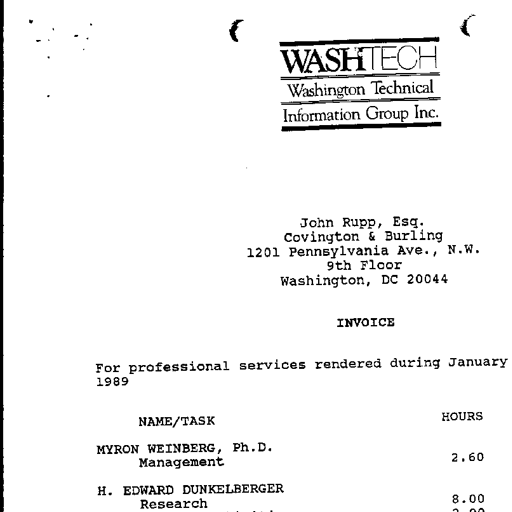
Transcript:
WASHTECH
Washington Technical
Information Group Inc.
John Rupp, Esq.
Covington & Burling
1201 Pennsylvania Ave., N.W.
9th Floor
Washington, DC 20044
INVOICE
For professional services rendered during January
1989
NAME/TASK HOURS
MYRON WEINBERG, Ph.D.
Management 2.60
H. EDWARD DUNKELBERGER
Research 8.00